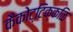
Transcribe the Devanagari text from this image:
कैकोट्टिक्कळि